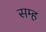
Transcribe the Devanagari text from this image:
सम्ह